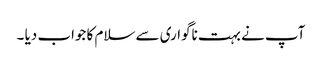
آپ نے بہت ناگواری سے سلام کا جواب دیا ۔